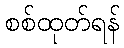
စစ်ထုတ်ရန်